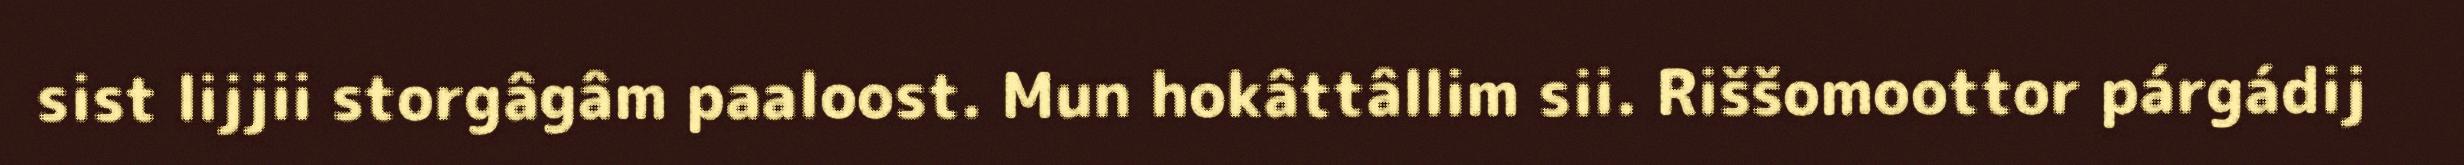
sist lijjii storgâgâm paaloost. Mun hokâttâllim sii. Riššomoottor párgádij